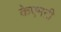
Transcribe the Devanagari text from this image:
केएमटी